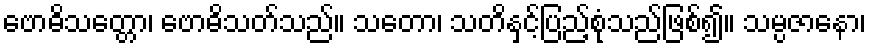
ဗောဓိသတ္တော၊ ဗောဓိသတ်သည်။ သတော၊ သတိနှင့်ပြည့်စုံသည်ဖြစ်၍။ သမ္ပဇာနော၊